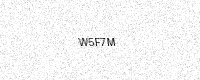
Text: W5F7M